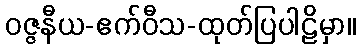
ဝဇ္ဇနီယ-ဧက်ဝီသ-ထုတ်ပြပါဠိမှာ။